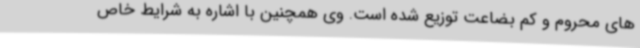
های محروم و کم بضاعت توزیع شده است. وی همچنین با اشاره به شرایط خاص